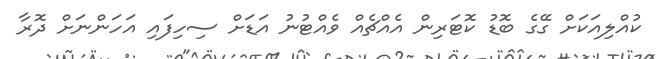
ކުއްލިއަކަށް ގޭގެ ބޮޑު ކޮޓަރިން އެއްޗެއް ވެއްޓުނު އަޑަށް ސިހިފައި އަހަންނަށް ދޮރާ